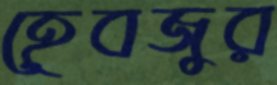
হেবজুর